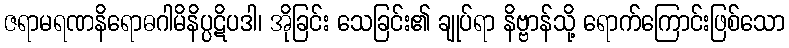
ဇရာမရဏနိရောဓဂါမိနိပ္ပဋိပဒါ၊ အိုခြင်း သေခြင်း၏ ချုပ်ရာ နိဗ္ဗာန်သို့ ရောက်ကြောင်းဖြစ်သော